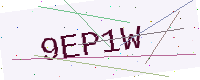
Text: 9EP1W